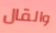
والقال